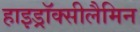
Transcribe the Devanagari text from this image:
हाइड्रॉक्सीलैमिन